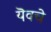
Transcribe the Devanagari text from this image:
यॆवचे